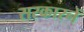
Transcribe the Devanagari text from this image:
सरकारनें